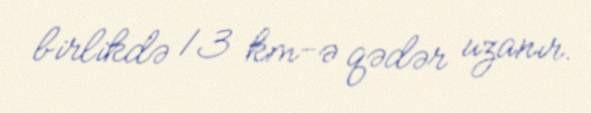
birlikdə 13 km-ə qədər uzanır.